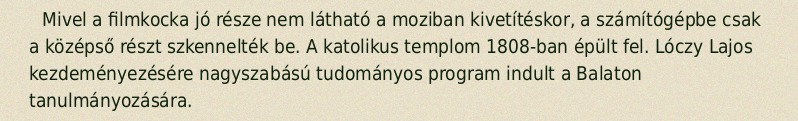
Mivel a filmkocka jó része nem látható a moziban kivetítéskor, a számítógépbe csak a középső részt szkennelték be. A katolikus templom 1808-ban épült fel. Lóczy Lajos kezdeményezésére nagyszabású tudományos program indult a Balaton tanulmányozására.